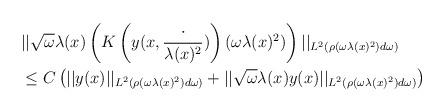
LaTeX: \begin{align*}&||\sqrt{\omega} \lambda(x)\left(K\left(y(x,\frac{\cdot}{\lambda(x)^{2}})\right)(\omega \lambda(x)^{2})\right)||_{L^{2}(\rho(\omega \lambda(x)^{2}) d\omega)} \\&\leq C\left(||y(x)||_{L^{2}(\rho(\omega \lambda(x)^{2}) d\omega)}+||\sqrt{\omega} \lambda(x) y(x) ||_{L^{2}(\rho(\omega \lambda(x)^{2}) d\omega)}\right)\end{align*}